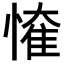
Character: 𢟠